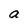
Character: a